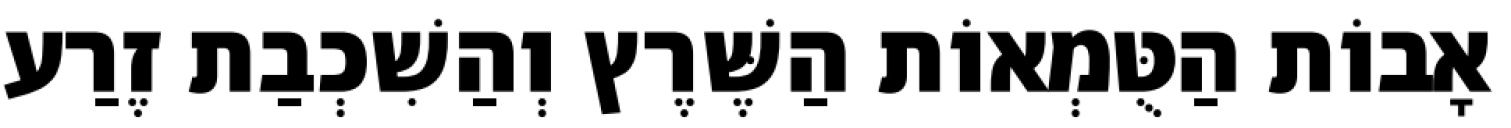
אָבוֹת הַטֻּמְאוֹת הַשֶּׁרֶץ וְהַשִׁכְבַת זֶרַע